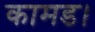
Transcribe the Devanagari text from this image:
कामड।